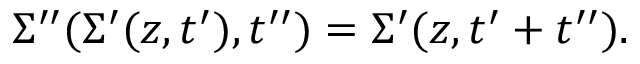
\Sigma ^ { \prime \prime } ( \Sigma ^ { \prime } ( z , t ^ { \prime } ) , t ^ { \prime \prime } ) = \Sigma ^ { \prime } ( z , t ^ { \prime } + t ^ { \prime \prime } ) .